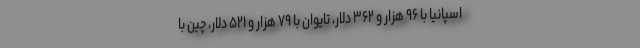
اسپانیا با ۹۶ هزار و ۳۶۲ دلار، تایوان با ۷۹ هزار و ۵۲۱ دلار، چین با